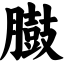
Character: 臌